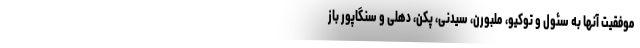
موفقیت آنها به سئول و توکیو، ملبورن، سیدنی، پکن، دهلی و سنگاپور باز